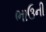
ભાઉની